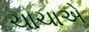
ચાચાએ